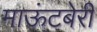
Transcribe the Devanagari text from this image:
माऊंटबेरी